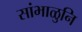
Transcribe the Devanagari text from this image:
सांभाळुनि